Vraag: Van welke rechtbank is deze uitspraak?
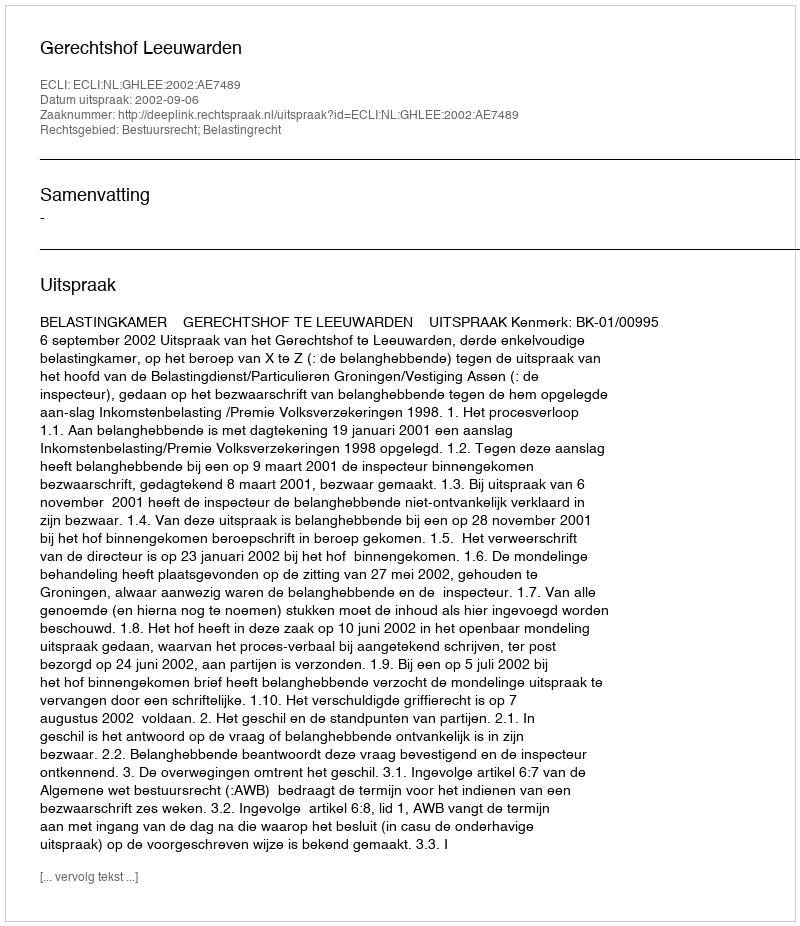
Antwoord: Gerechtshof Leeuwarden